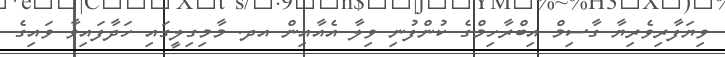
ވިޔަފާރިވެރިޔާ ގާސިމް އިބްރާހިމްގެ ކުންފުނި ވިލާ އެއާއިން އދ. މާމިގިލީގައި ހަދާފައިވާ ވައިގެ